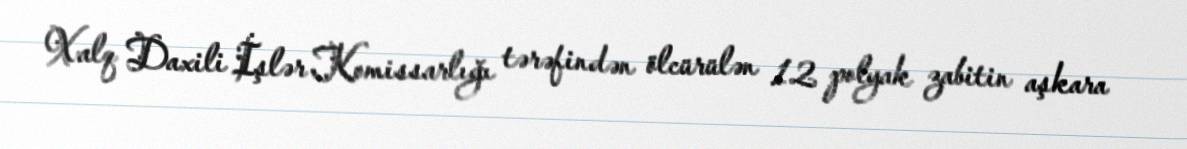
Xalq Daxili İşlər Komissarlığı tərəfindən ölcürülən 12 polyak zabitin aşkara